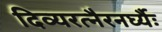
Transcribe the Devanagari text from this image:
दिव्यरत्नैरनर्घ्यैः